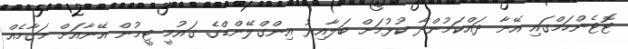
ޓޮޓެންހަމްގައި އޭނާ ދައްކަމުންދާ ކުޅުމަށް ބަލާއިރު އިންގްލޭންޑްގެ ގައުމީ ޓީމުން އޭނާއަށް މަގާމެއް